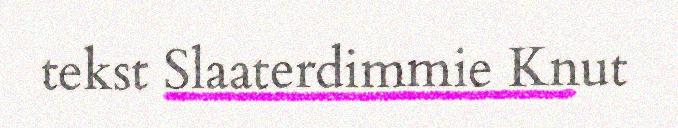
tekst Slaaterdimmie Knut